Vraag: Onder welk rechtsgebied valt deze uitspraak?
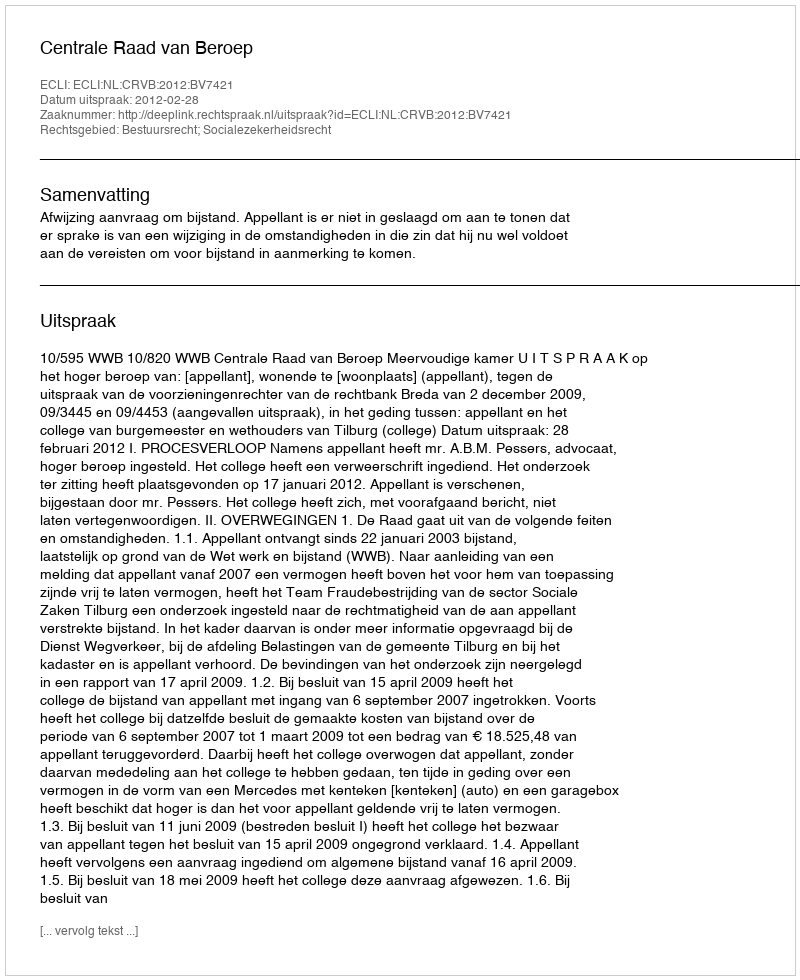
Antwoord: Bestuursrecht; Socialezekerheidsrecht